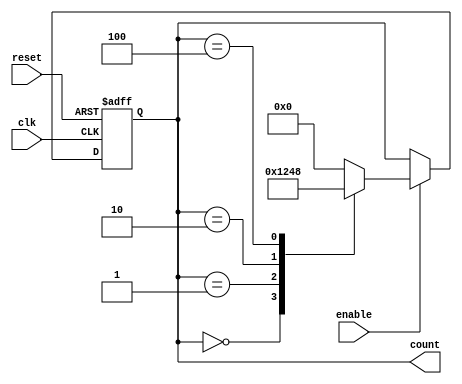
module Johnson_Counter_with_Enable (
    input wire clk,
    input wire reset,
    input wire enable,
    output reg [3:0] count
);

always @(posedge clk or posedge reset) begin
    if (reset) begin
        count <= 4'b0000;
    end else begin
        if (enable) begin
            case(count)
                4'b0000: count <= 4'b0001;
                4'b0001: count <= 4'b0010;
                4'b0010: count <= 4'b0100;
                4'b0100: count <= 4'b1000;
                default: count <= 4'b0000;
            endcase
        end
    end
end

endmodule